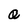
Character: Q